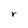
Character: r